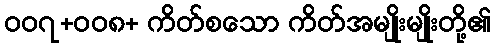
၀၀၇+၀၀၈+ ကိတ်စသော ကိတ်အမျိုးမျိုးတို့၏